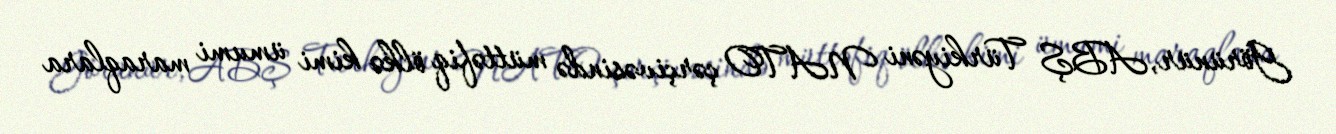
Görünür, ABŞ Türkiyəni NATO çərçivəsində müttəfiq ölkə kimi ümumi maraqlara